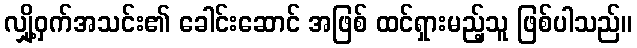
လျှို့ဝှက်အသင်း၏ ခေါင်းဆောင် အဖြစ် ထင်ရှားမည့်သူ ဖြစ်ပါသည်။